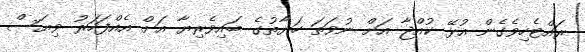
ރައްޓެހިވެގެން އުޅޭ ކުއްޖާ އަށް ނުވަތަ ހަޔާތުގެ ބައިވެރިޔާ އަށް އެއްފަހަރު ވިޔަސް